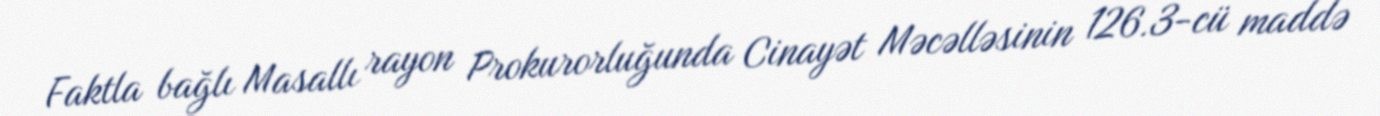
Faktla bağlı Masallı rayon Prokurorluğunda Cinayət Məcəlləsinin 126.3-cü maddə